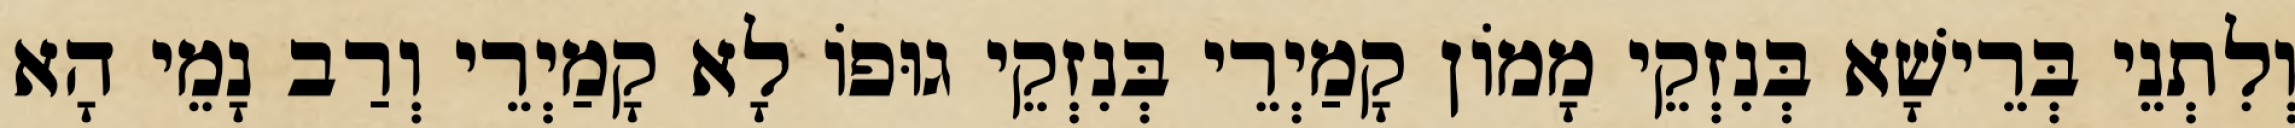
וְלִתְנֵי בְּרֵישָׁא בְּנִזְקֵי מָמוֹן קָמַיְרֵי בְּנִזְקֵי גוּפוֹ לָא קָמַיְרֵי וְרַב נָמֵי הָא